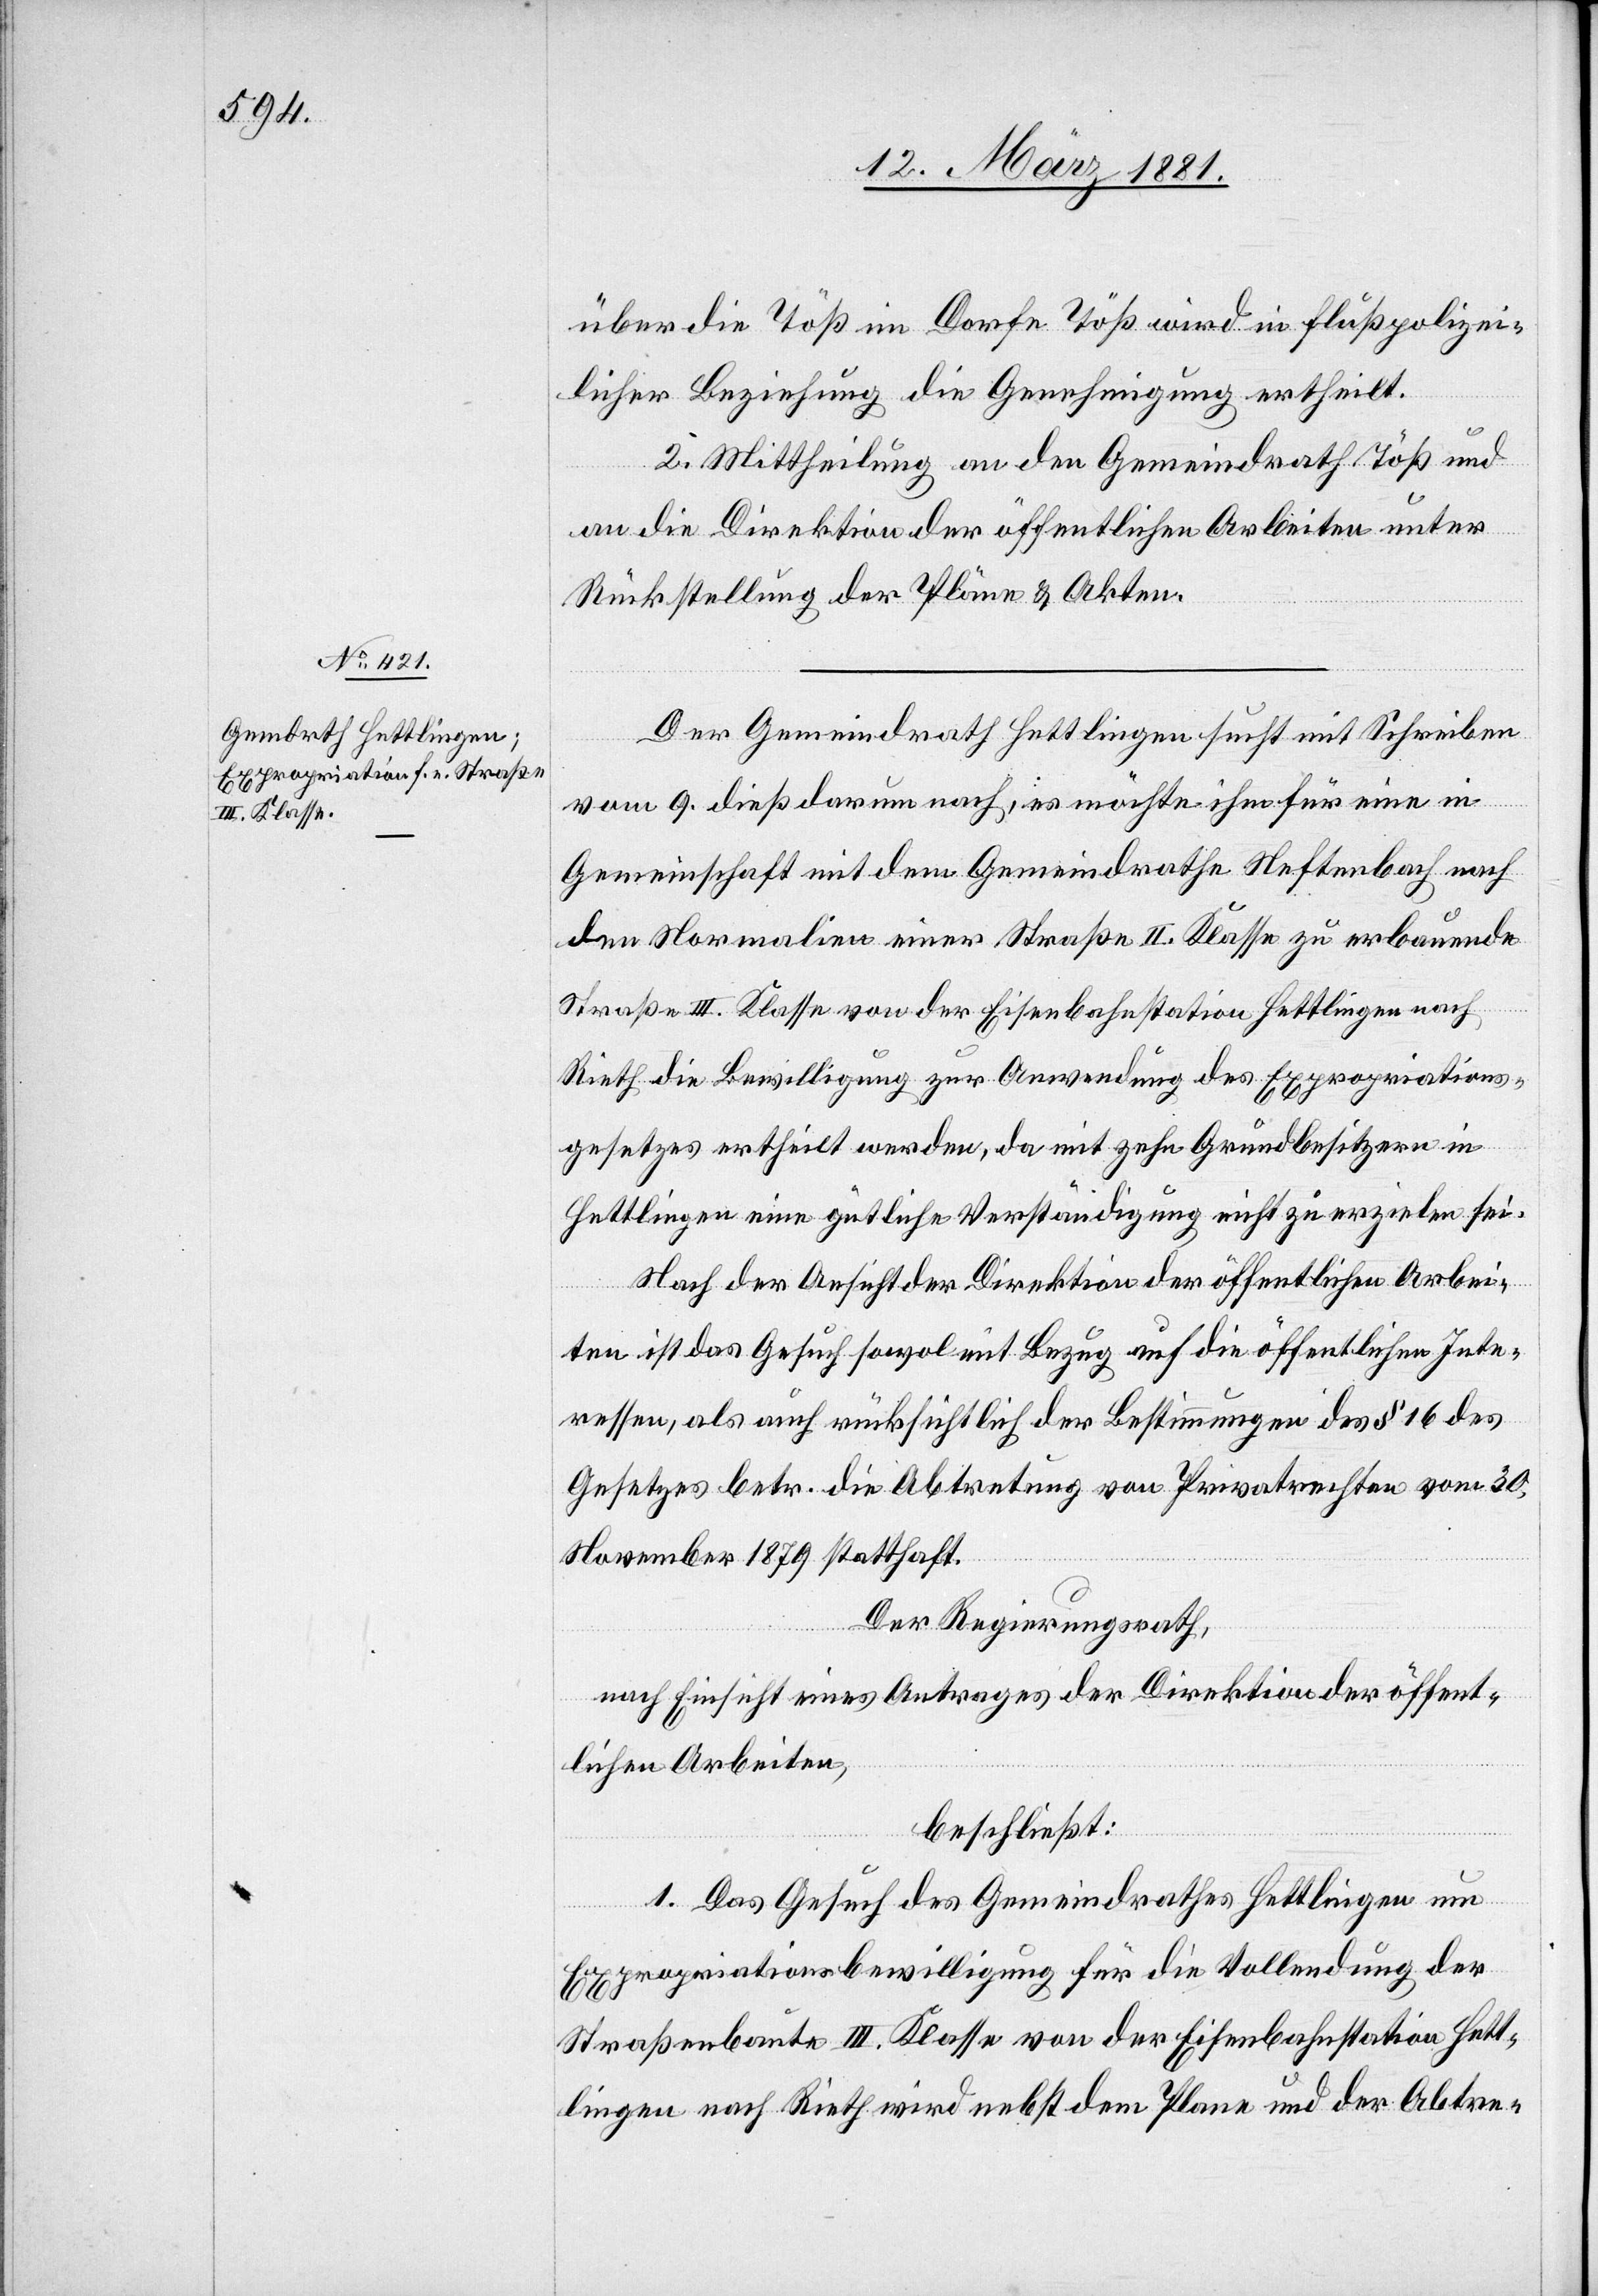
über die Töß im Dorfe Töß wird in flußpolizei¬
licher Beziehung die Genehmigung ertheilt.
2. Mittheilung an den Gemeindrath Töß und
an die Direktion der öffentlichen Arbeiten unter
Rückstellung der Pläne & Akten.
Der Gemeindrath Hettlingen sucht mit Schreiben
vom 9. dieß darum nach, es möchte ihm für eine in
Gemeinschaft mit dem Gemeindrathe Neftenbach nach
Straße III. Klasse von der Eisenbahnstation Hettlingen nach
Rieth die Bewilligung zur Anwendung des Expropriations¬
gesetzes ertheilt werden, da mit zehn Grundbesitzern in
Hettlingen eine gütliche Verständigung nicht zu erzielen sei.
Nach der Ansicht der Direktion der öffentlichen Arbei¬
ten ist das Gesuch sowol mit Bezug auf die öffentlichen Inte¬
ressen, als auch rücksichtlich der Bestimmungen des § 16 des
Gesetzes betr. die Abtretung von Privatrechten vom 30.
November 1879 statthaft.
Der Regierungsrath,
nach Einsicht eines Antrages der Direktion der öffent¬
lichen Arbeiten,
beschließt:
1. Das Gesuch des Gemeindrathes Hettlingen um
einer
Expropriationsbewilligung für die Vollendung der
Straßenbaute III. Klasse von der Eisenbahnstation Hett¬
lingen nach Rieth wird nebst dem Plane und der Abtre-